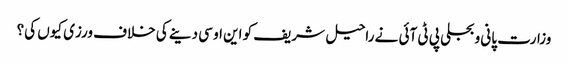
وزارت پانی و بجلی پی ٹی آئی نے راحیل شریف کو این او سی دینے کی خلاف ورزی کیوں کی؟